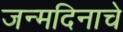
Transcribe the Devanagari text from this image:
जन्मदिनाचे